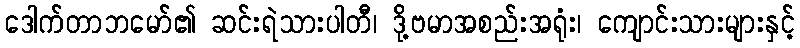
ဒေါက်တာဘမော်၏ ဆင်းရဲသားပါတီ၊ ဒို့ဗမာအစည်းအရုံး၊ ကျောင်းသားများနှင့်